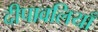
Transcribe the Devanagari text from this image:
दीपावलियाँ